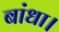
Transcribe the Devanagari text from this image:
बांधा।